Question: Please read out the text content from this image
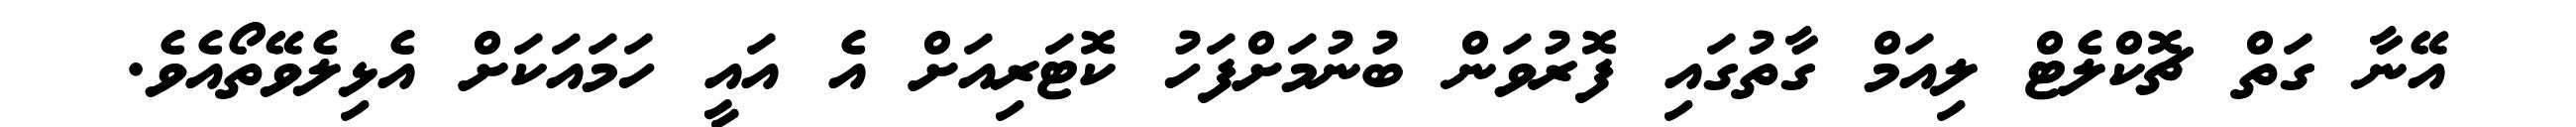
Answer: އޭނާ ގަތް ޗޮކްލެޓް ލިއަމް ގާތުގައި ފޮރުވަން ބުނުމަށްފަހު ކޮޓަރިއަށް އެ އައީ ހަމައަކަށް އެޅިލެވޭތޯއެވެ.